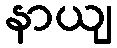
နာယျ